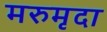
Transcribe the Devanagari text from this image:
मरुमृदा